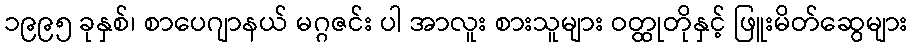
၁၉၉၅ ခုနှစ်၊ စာပေဂျာနယ် မဂ္ဂဇင်း ပါ အာလူး စားသူများ ဝတ္ထုတိုနှင့် ဖြူးမိတ်ဆွေများ